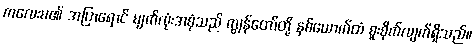
ကလေးမ၏ အပြာရောင် မျက်လုံးအစုံသည် ကျွန်တော်တို့ နှစ်ယောက်ထံ စူးစိုက်လျက်ရှိသည်။